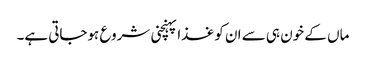
ماں کے خون ہی سے ان کو غذا پہنچنی شروع ہوجاتی ہے۔